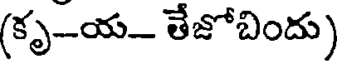
(కృ-య- తేజోబిందు)